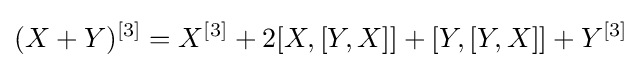
(X+Y)^{[3]}=X^{[3]}+2[X,[Y,X]]+[Y,[Y,X]]+Y^{[3]}